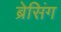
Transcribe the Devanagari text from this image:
ब्रेसिंग